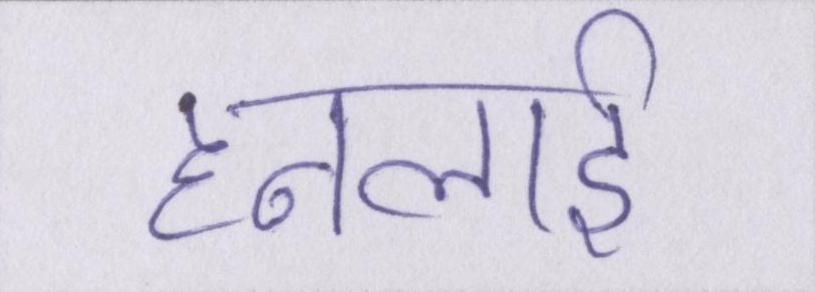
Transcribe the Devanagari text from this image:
हनलाई